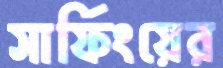
সার্ফিংয়ের